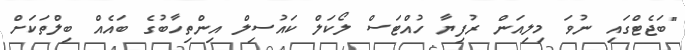
"ބަޖެޓްގައި ނުވަ މިލިއަން ރުފިޔާ ހުއްޓަސް ލޯކަލް ކައުސިލް އިންތިހާބުގެ ބައެއް ބިލްތަކަށް